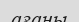
ағаны